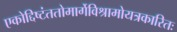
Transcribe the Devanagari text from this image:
एकोद्दिष्टंततोमार्गेविश्रामोयत्रकारितः